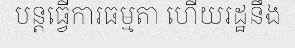
បន្តធ្វើការធម្មតា ហើយរដ្ឋនឹង